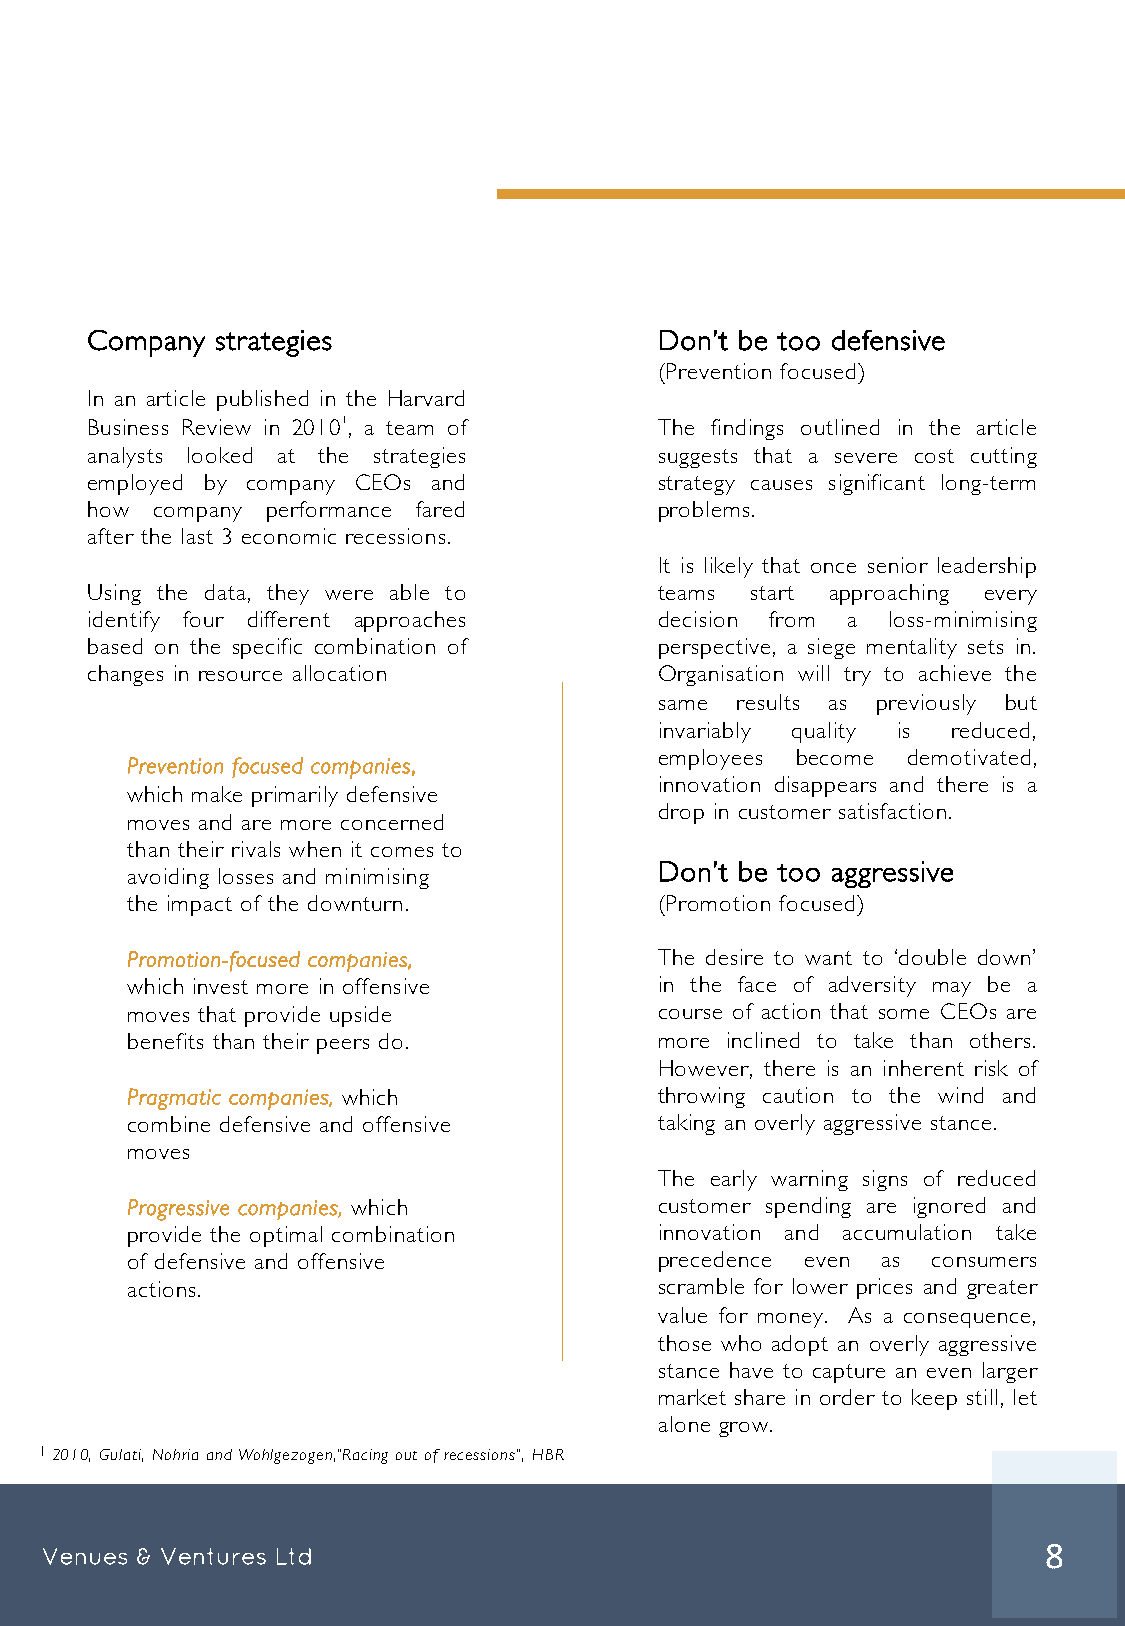
Company strategies                    Don’t be too defensive
 (Prevention focused)
 In an article published in the Harvard
 Business Review in 20101, a team of   The findings outlined in the article
 analysts looked at the strategies     suggests that a severe cost cutting
 employed by company CEOs and          strategy causes significant long-term
 how company performance fared         problems.
 after the last 3 economic recessions.
 It is likely that once senior leadership
 Using the data, they were able to     teams start approaching every
 identify four different approaches    decision from a loss-minimising
 based on the specific combination of  perspective, a siege mentality sets in.
 changes in resource allocation        Organisation will try to achieve the
 same results as previously but
 invariably quality is reduced,
 employees become demotivated,
 Prevention focused companies,
 innovation disappears and there is a
 which make primarily defensive
 drop in customer satisfaction.
 moves and are more concerned
 than their rivals when it comes to
 Don’t be too aggressive
 avoiding losses and minimising
 the impact of the downturn.         (Promotion focused)
 Promotion-focused companies,        The desire to want to ‘double down’
 which invest more in offensive      in the face of adversity may be a
 moves that provide upside           course of action that some CEOs are
 benefits than their peers do.       more inclined to take than others.
 However, there is an inherent risk of
 Pragmatic companies, which          throwing caution to the wind and
 combine defensive and offensive     taking an overly aggressive stance.
 moves
 The early warning signs of reduced
 Progressive companies, which        customer spending are ignored and
 provide the optimal combination     innovation and accumulation take
 of defensive and offensive          precedence even as consumers
 actions.                            scramble for lower prices and greater
 value for money. As a consequence,
 those who adopt an overly aggressive
 stance have to capture an even larger
 market share in order to keep still, let
 alone grow.
 1 2010, Gulati, Nohria and Wohlgezogen,"Racing out of recessions", HBR
 Venues & Ventures Ltd                                             8